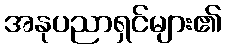
အနုပညာရှင်များ၏